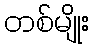
တစ်မျိုး